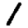
Digit: 1